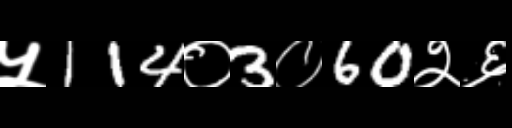
Text: ५114०3०60२६